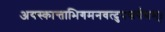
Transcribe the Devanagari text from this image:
अयस्कान्ताभिगमनवत्दुपसर्पणम्।